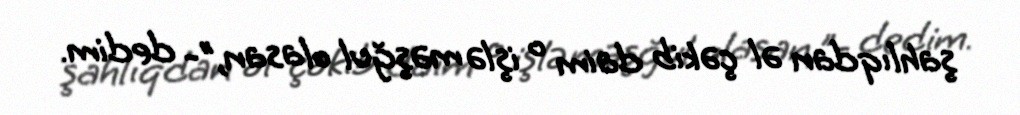
şahlıqdan əl çəkib daim o işlə məşğul olasan,”- dedim.